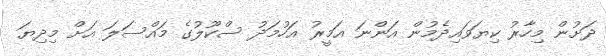
ދަށުން މިހާރު ކިޔަވައިދެމުން އަންނަ އަމީރު އަހުމަދު ސްކޫލުގެ މައްސަލަ އަށް މިދިޔަ